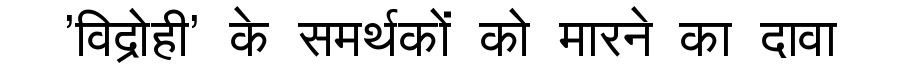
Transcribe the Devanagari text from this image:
'विद्रोही' के समर्थकों को मारने का दावा